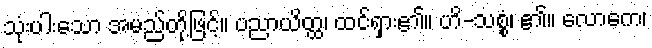
သုံးပါးသော အမည်တို့ဖြင့်။ ပညာယိတ္ထ၊ ထင်ရှား၏။ ဟိ-သစ္စံ၊ ၏။ လောကေ၊